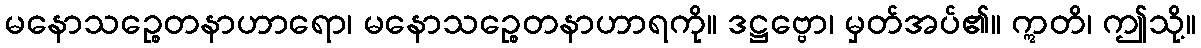
မနောသဉ္စေတနာဟာရော၊ မနောသဉ္စေတနာဟာရကို။ ဒဋ္ဌဗ္ဗော၊ မှတ်အပ်၏။ ဣတိ၊ ဤသို့။